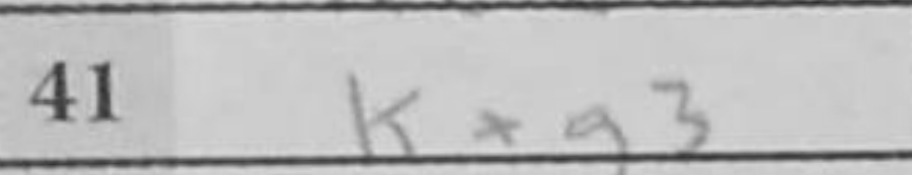
Transcription: Kxg3